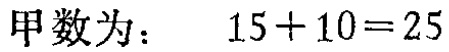
甲数为： \(15 + 10 = 25\)